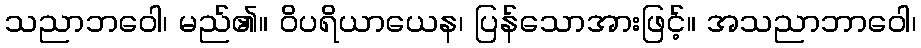
သညာဘဝေါ၊ မည်၏။ ဝိပရိယာယေန၊ ပြန်သောအားဖြင့်။ အသညာဘာဝေါ၊